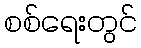
စစ်ရေးတွင်